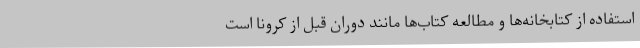
استفاده از کتابخانه‌ها و مطالعه کتاب‌ها مانند دوران قبل از کرونا است